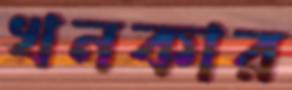
খনকার